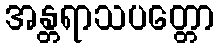
အန္တရာသပတ္တော